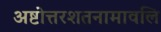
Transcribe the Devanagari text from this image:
अष्टोत्तरशतनामावलि